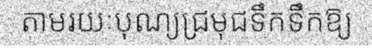
តាមរយៈបុណ្យជ្រមុជទឹកទឹកឱ្យ